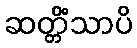
ဆတ္တိံသာပိ